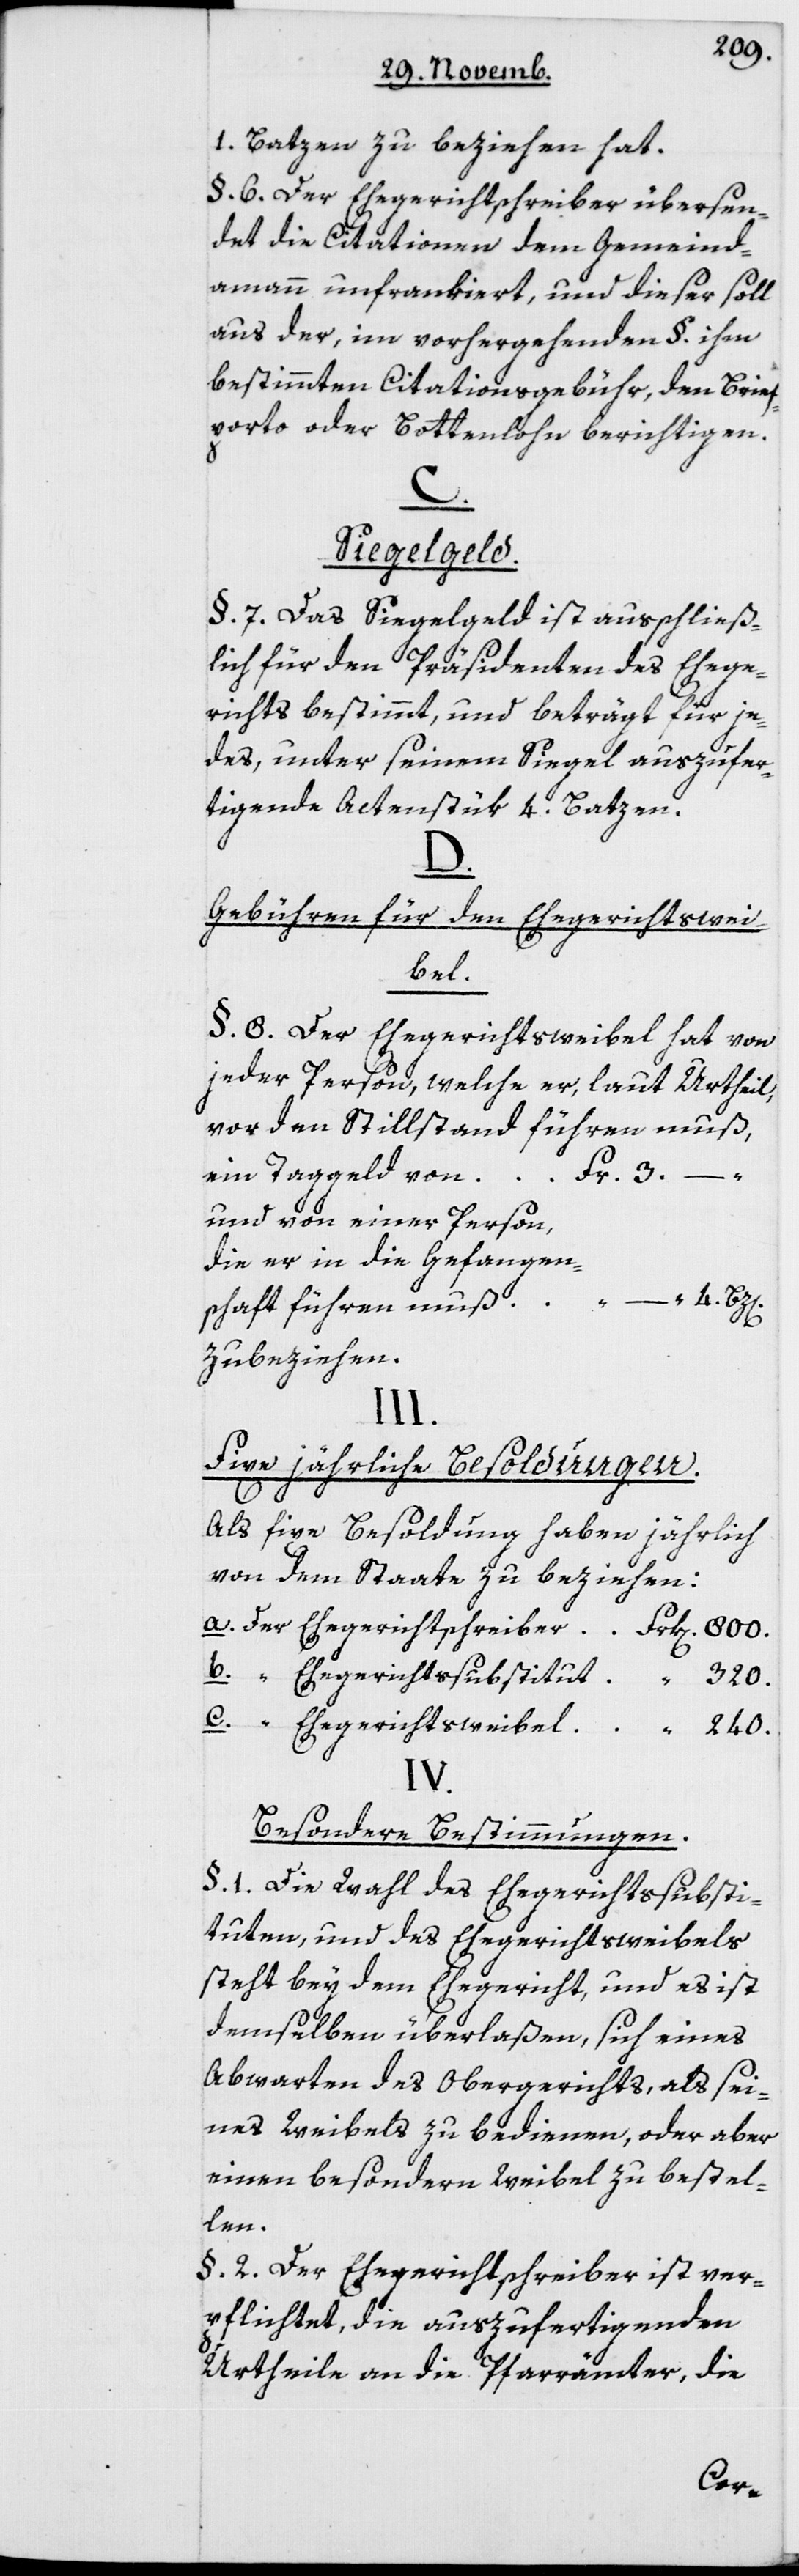
1 Batzen zu beziehen hat.
§ 6 Der Ehegerichtschreiber übersen¬
det die Citationen dem Gemeind¬
ammann unfrankiert, und dieser soll
aus der, im vorhergehenden § ihm
bestimmten Citationsgebühr, den Brief¬
porto oder Bottenlohn berichtigen.
C.
Siegelgeld.
§ 7 Das Siegelgeld ist ausschließ¬
lich für den Präsidenten des Ehege¬
richts bestimmt, und beträgt für je¬
des, unter seinem Siegel auszufer¬
tigende Actenstük 4 Batzen.
D.
Gebühren für den Ehegerichtswei¬
bel.
§ 8 Der Ehegerichtsweibel hat von
jeder Person, welche er, laut Urtheil,
vor den Stillstand führen muß,
r. 3. –.
ein Taggeld von	F¬
und von einer Person,
die er in die Gefangen¬
schaft führen muß “
zu beziehen.
III.
Fixe jährliche Besoldungen.
Als fixe Besoldung haben jährlich
von dem Staate zu beziehen:
a. der Ehegerichtschreiber 	Frk[en]. 800.
b. der Ehegericht-Substitut	“ 320.
c. der Ehegerichts-Weibel 	“ 240.
IV.
Besondere Bestimmungen.
§ 1 Die Wahl des Ehegerichtssubsti¬
tuten und des Ehegerichtsweibels
steht bey dem Ehegericht, und es ist
demselben überlaßen, sich eines
Abwarten des Obergerichts, als sei¬
nes Weibels zu bedienen, oder aber
einen besondern Weibel zu bestel¬
len.
§ 2 Der Ehegerichtschreiber ist ver¬
pflichtet, die auszufertigenden
Urtheile an die Pfarrämter, die